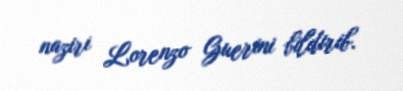
naziri Lorenzo Guerini bildirib.